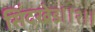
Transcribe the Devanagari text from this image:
सिंदखेड।।२।।